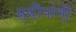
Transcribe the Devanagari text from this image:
प्रदीपांनी